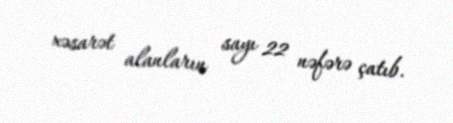
xəsarət alanların sayı 22 nəfərə çatıb.